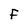
Character: F